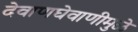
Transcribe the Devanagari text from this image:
देवाणघेवाणीमुळे